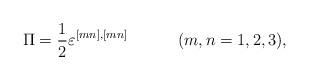
LaTeX: \begin{align*}\Pi=\frac12 \varepsilon^{[mn],[mn]}\hspace{0.5in}(m,n=1,2,3),\end{align*}